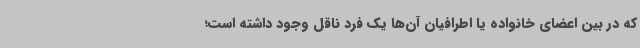
که در بین اعضای خانواده یا اطرافیان آن‌ها یک فرد ناقل وجود داشته است؛